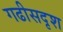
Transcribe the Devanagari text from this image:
गढीसदृश